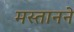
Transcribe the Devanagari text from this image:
मस्तानने